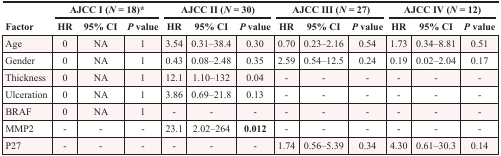
| <ROWSPAN=2> Factor | <COLSPAN=3> AJCC I (N = 18)* | <COLSPAN=3> AJCC II (N = 30) | <COLSPAN=3> AJCC III (N = 27) | <COLSPAN=3> AJCC IV (N = 12) |
 | HR | 95% CI | P value | HR | 95% CI | P value | HR | 95% CI | P value | HR | 95% CI | P value |
 | --- | --- | --- | --- | --- | --- | --- | --- | --- | --- | --- | --- | --- |
 | Age | 0 | NA | 1 | 3.54 | 0.31–38.4 | 0.30 | 0.70 | 0.23–2.16 | 0.54 | 1.73 | 0.34–8.81 | 0.51 |
 | Gender | 0 | NA | 1 | 0.43 | 0.08–2.48 | 0.35 | 2.59 | 0.54–12.5 | 0.24 | 0.19 | 0.02–2.04 | 0.17 |
 | Thickness | 0 | NA | 1 | 12.1 | 1.10–132 | 0.04 | - | - | - | - | - | - |
 | Ulceration | 0 | NA | 1 | 3.86 | 0.69–21.8 | 0.13 | - | - | - | - | - | - |
 | BRAF | 0 | NA | 1 | - | - | - | - | - | - | - | - | - |
 | MMP2 | - | - | - | 23.1 | 2.02–264 | 0.012 | - | - | - | - | - | - |
 | P27 | - | - | - | - | - | - | 1.74 | 0.56–5.39 | 0.34 | 4.30 | 0.61–30.3 | 0.14 |